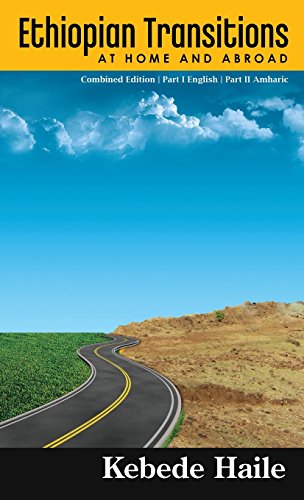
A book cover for Ethiopian Transitions: At Home and Abroad; Kebede Haile; Travel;